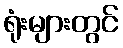
ရုံးများတွင်